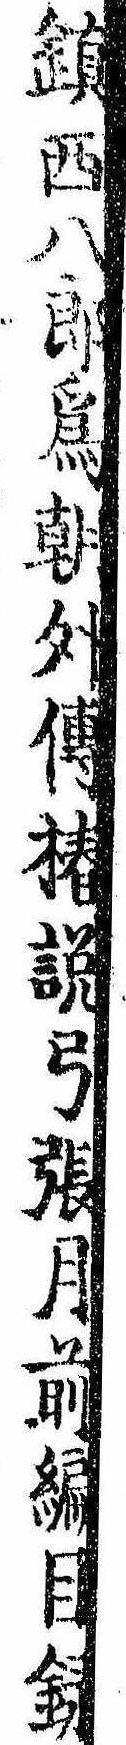
鎮西八郎為朝外伝椿説弓張月前編目録